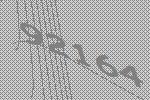
92164